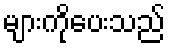
များကိုပေးသည်